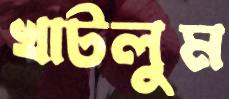
খাটলুম